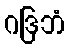
ဂဒြဘံ